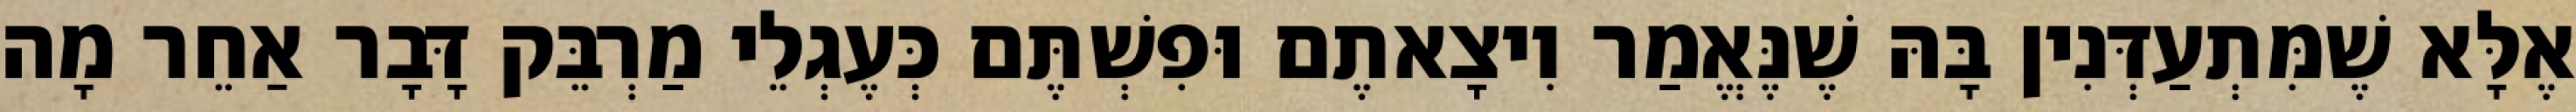
אֶלָּא שֶׁמִּתְעַדְּנִין בָּהּ שֶׁנֶּאֱמַר וִיצָאתֶם וּפִשְׁתֶּם כְּעֶגְלֵי מַרְבֵּק דָּבָר אַחֵר מָה